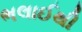
ભલાઈથી